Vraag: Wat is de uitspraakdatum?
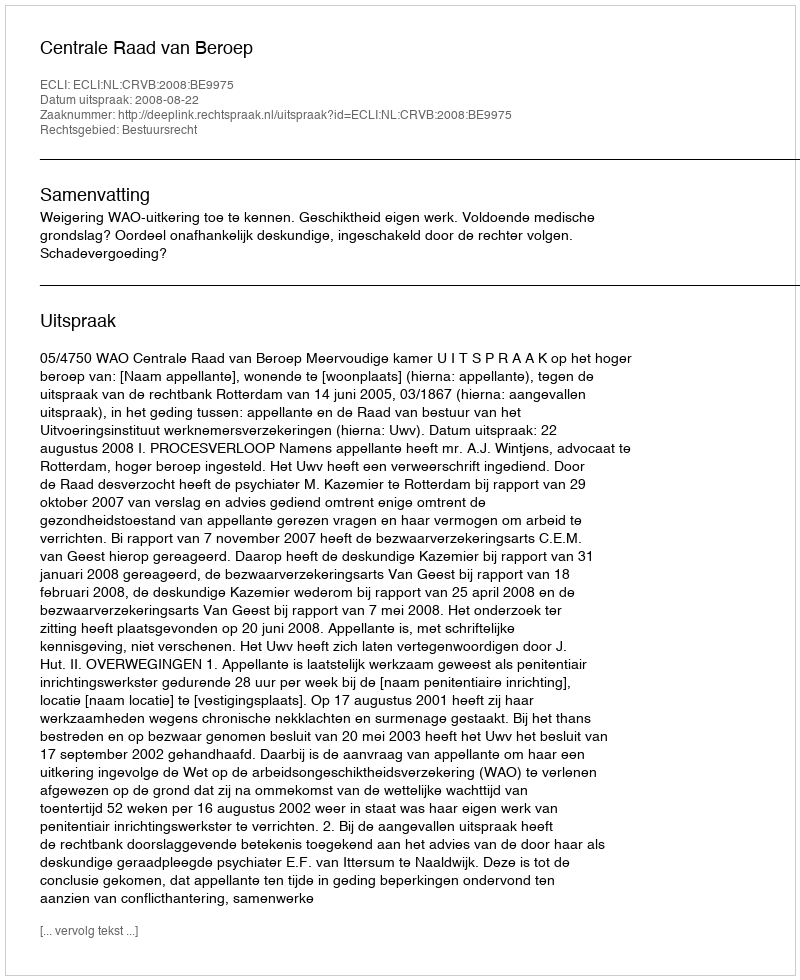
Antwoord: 2008-08-22